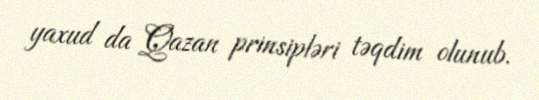
yaxud da Qazan prinsipləri təqdim olunub.